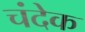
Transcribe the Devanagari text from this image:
चंदेक